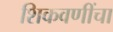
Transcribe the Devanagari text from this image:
शिकवणींचा